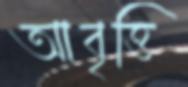
আবৃত্তি